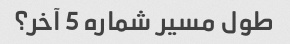
طول مسیر شماره 5 آخر؟